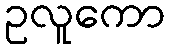
ဥလူကော